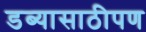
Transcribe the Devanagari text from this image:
डब्यासाठीपण